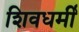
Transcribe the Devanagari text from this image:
शिवधर्मी